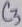
Text: C3